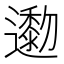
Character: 𨘯